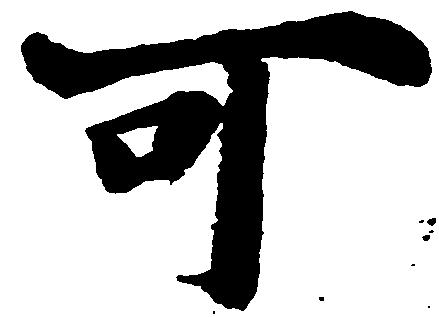
可